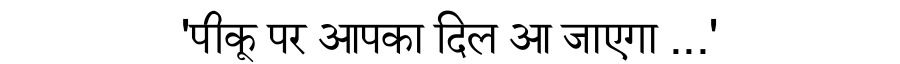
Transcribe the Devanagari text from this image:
'पीकू पर आपका दिल आ जाएगा ...'